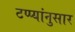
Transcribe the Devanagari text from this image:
टप्प्यांनुसार